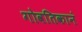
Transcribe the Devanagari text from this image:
गोवतिकानं